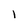
Character: 1